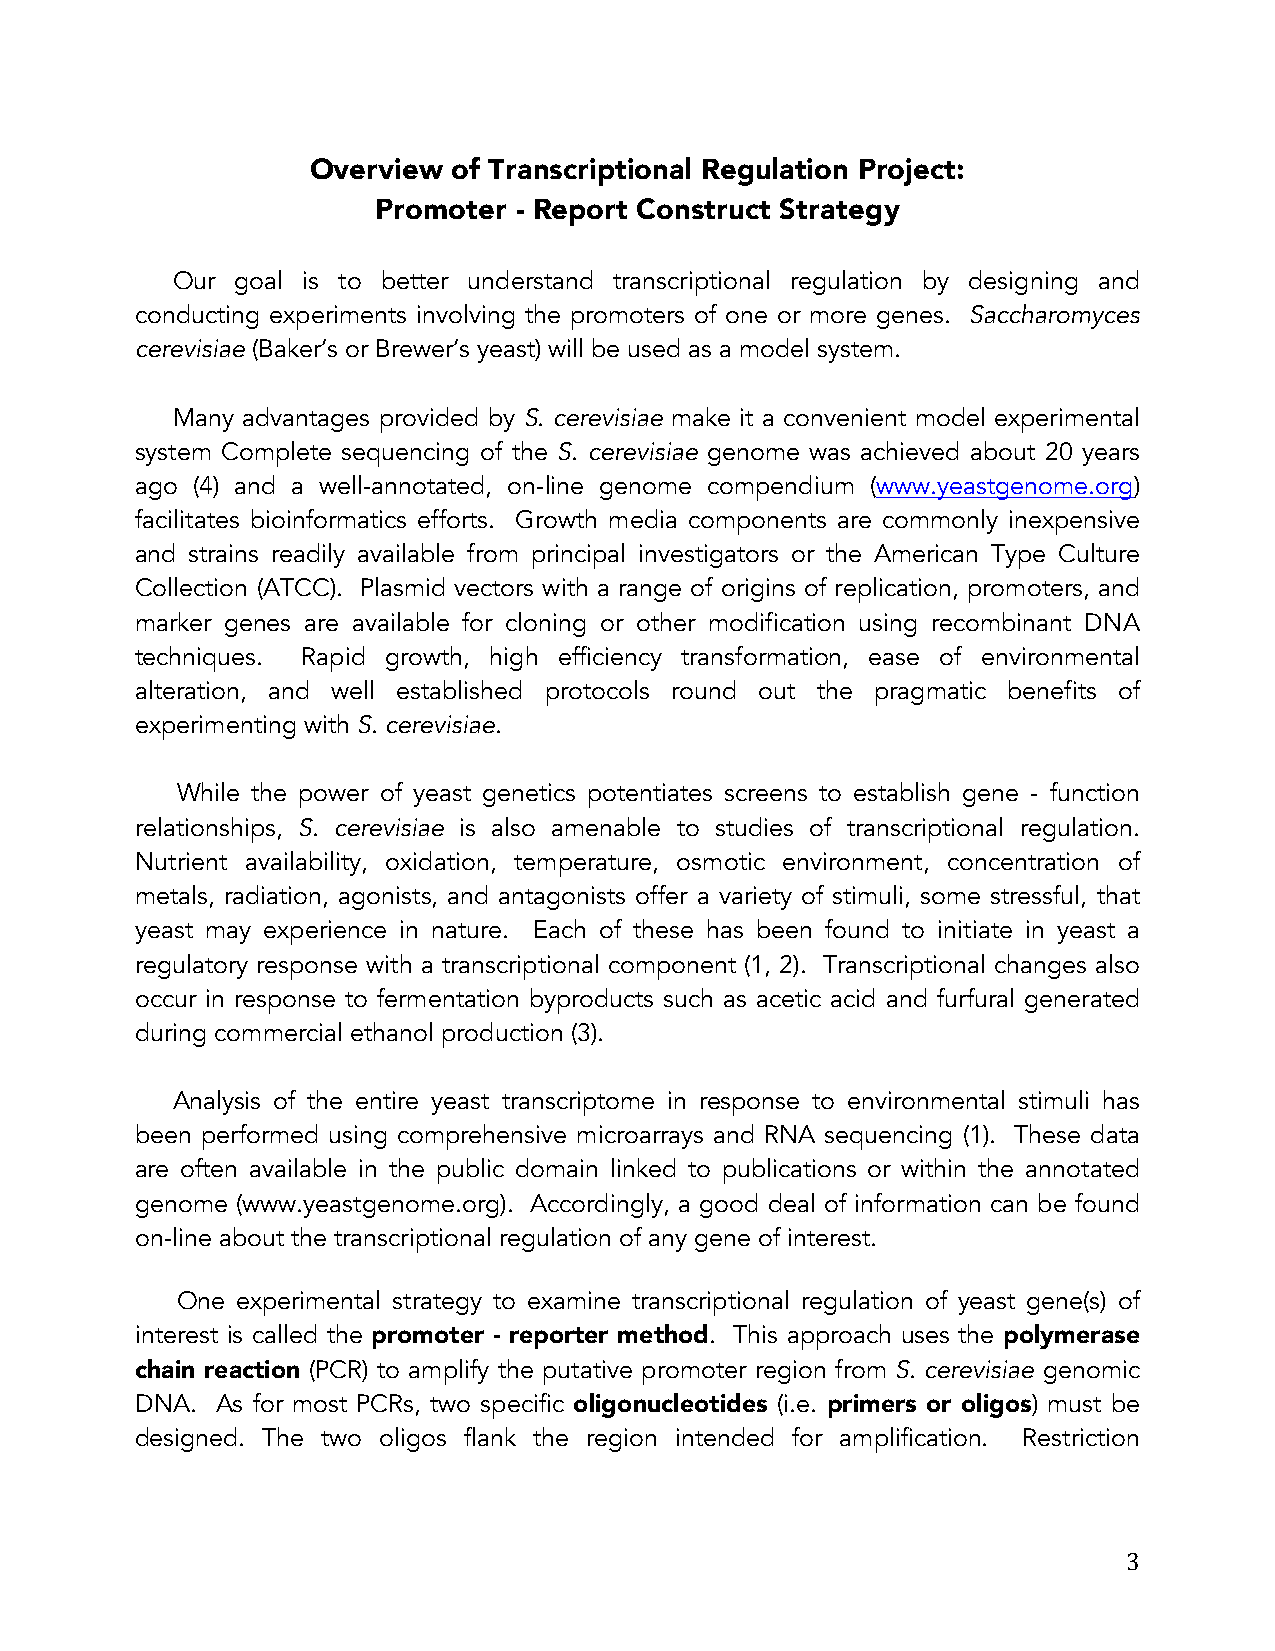
Overview of Transcriptional Regulation Project:
 Promoter - Report Construct Strategy
 Our  goal is to better understand transcriptional regulation by designing and
 conducting experiments involving the promoters of one or more genes. Saccharomyces
 cerevisiae (Baker’s or Brewer’s yeast) will be used as a model system.
 Many advantages provided by S. cerevisiae make it a convenient model experimental
 system Complete sequencing of the S. cerevisiae genome was achieved about 20 years
 ago (4) and a well-annotated, on-line genome compendium (www.yeastgenome.org)
 facilitates bioinformatics efforts. Growth media components are commonly inexpensive
 and strains readily available from principal investigators or the American Type Culture
 Collection (ATCC). Plasmid vectors with a range of origins of replication, promoters, and
 marker genes are available for cloning or other modification using recombinant DNA
 techniques. Rapid growth, high efficiency transformation, ease of environmental
 alteration, and well established protocols round out the pragmatic benefits of
 experimenting with S. cerevisiae.
 While the power of yeast genetics potentiates screens to establish gene - function
 relationships, S. cerevisiae is also amenable to studies of transcriptional regulation.
 Nutrient availability, oxidation, temperature, osmotic environment, concentration of
 metals, radiation, agonists, and antagonists offer a variety of stimuli, some stressful, that
 yeast may experience in nature. Each of these has been found to initiate in yeast a
 regulatory response with a transcriptional component (1, 2). Transcriptional changes also
 occur in response to fermentation byproducts such as acetic acid and furfural generated
 during commercial ethanol production (3).
 Analysis of the entire yeast transcriptome in response to environmental stimuli has
 been performed using comprehensive microarrays and RNA sequencing (1). These data
 are often available in the public domain linked to publications or within the annotated
 genome (www.yeastgenome.org). Accordingly, a good deal of information can be found
 on-line about the transcriptional regulation of any gene of interest.
 One experimental strategy to examine transcriptional regulation of yeast gene(s) of
 interest is called the promoter - reporter method. This approach uses the polymerase
 chain reaction (PCR) to amplify the putative promoter region from S. cerevisiae genomic
 DNA. As for most PCRs, two specific oligonucleotides (i.e. primers or oligos) must be
 designed. The two oligos flank the region intended for amplification. Restriction
 3